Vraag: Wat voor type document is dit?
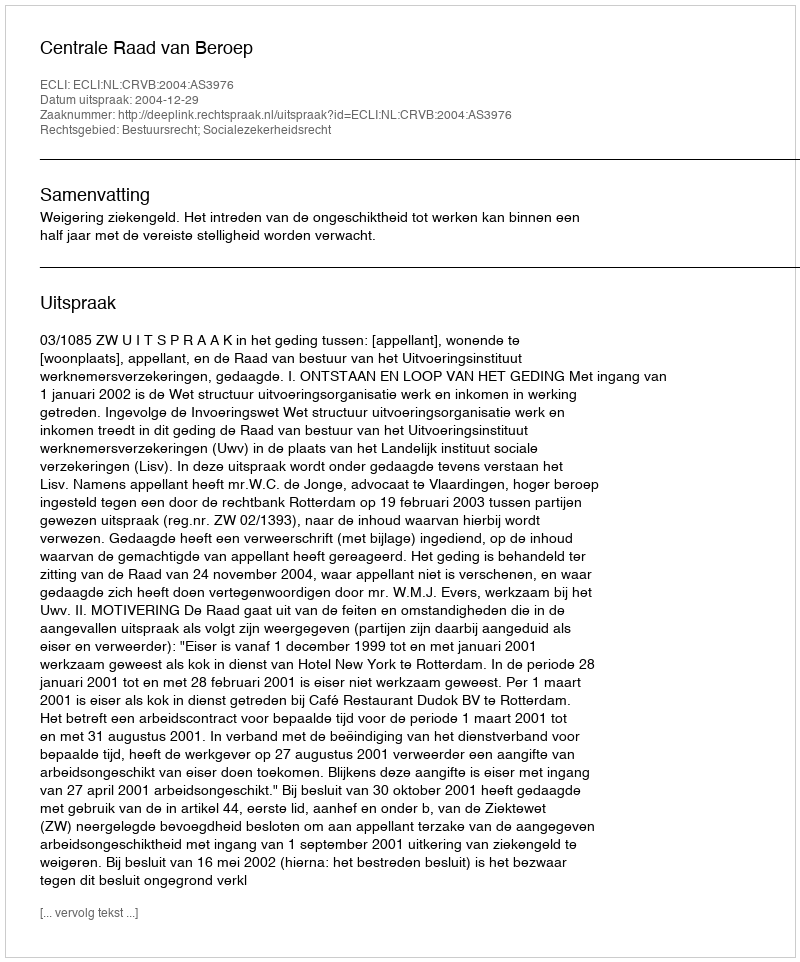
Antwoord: Uitspraak